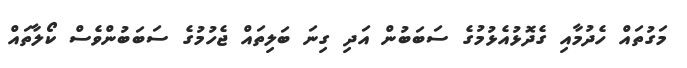
މަގުތައް ހެދުމާއި ގެދޮޅުއެޅުމުގެ ސަބަބުން އަދި ގިނަ ބަލިތައް ޖެހުމުގެ ސަބަބުންވެސް ކޯލާތައް